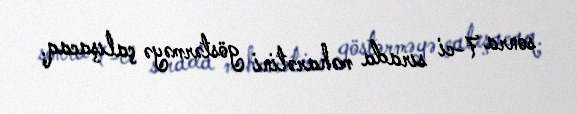
sonra 7-ci sırada məharətini göstərməyə çalışacaq.